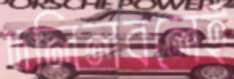
দলিলবলেই